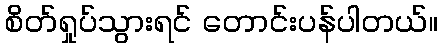
စိတ်ရှုပ်သွားရင် တောင်းပန်ပါတယ်။